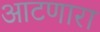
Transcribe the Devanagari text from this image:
आटणारा